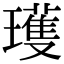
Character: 瓁